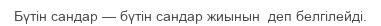
Бүтін сандар — бүтін сандар жиынын  деп белгілейді.